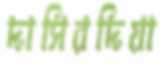
দাসিরদিয়া